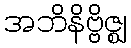
အဘိနိဗ္ဗိဇ္ဈ